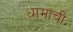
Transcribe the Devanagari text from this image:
धामांची